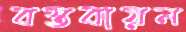
বস্তবায়ন